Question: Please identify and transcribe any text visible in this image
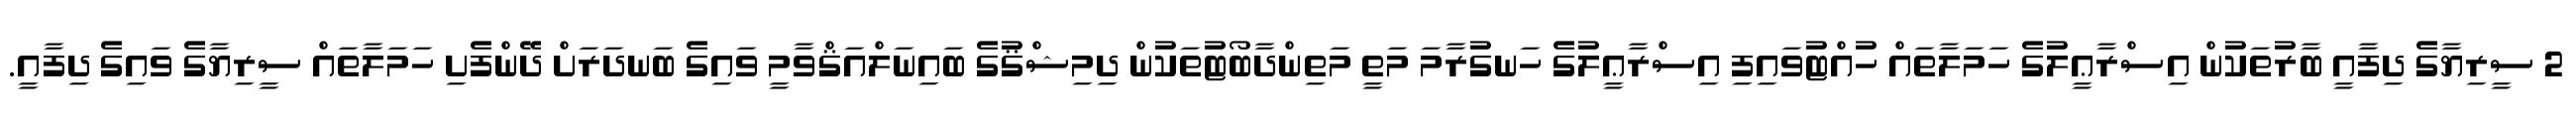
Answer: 2 ސީރިޔާގެ ދިފާއީ ބާރުތަކުން އިސްރާޢީލުގެ ހަމަލާތައް ހުއްޓުވައިފި އިސްރާޢީލުގެ ހަނގުރާމަ މަތީ މަތިންދާބޯޓުތަކުން ދިމިޝްޤުގެ ބައިނަލްއަޤްވާމީ ވައިގެ ބަނދަރަށް ދޭންފެށި ހަމަލާތައް ސީރިޔާގެ ވައިގެ ދިފާއީ.